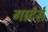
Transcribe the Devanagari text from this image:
गार्टर्स